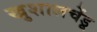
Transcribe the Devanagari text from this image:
खुशालचेंडू